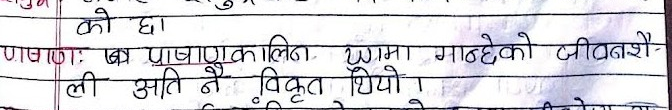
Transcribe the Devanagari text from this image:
को छा
पाषाणः जा पाषाणकालिन यामा मान्छेको जीवनशै
ली अति नै विकृत थियो ।